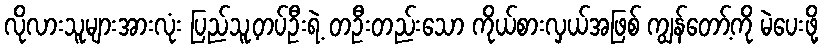
လိုလားသူများအားလုံး ပြည်သူ့တပ်ဦးရဲ့ တဦးတည်းသော ကိုယ်စားလှယ်အဖြစ် ကျွန်တော့်ကို မဲပေးဖို့